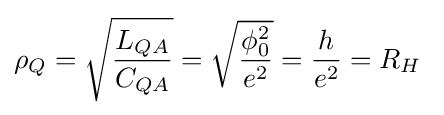
\rho _{Q}={\sqrt {\frac {L_{QA}}{C_{QA}}}}={\sqrt {\frac {\phi _{0}^{2}}{e^{2}}}}={\frac {h}{e^{2}}}=R_{H}\